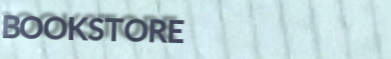
BOOKSTORE